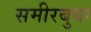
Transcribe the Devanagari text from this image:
समीरबुवा